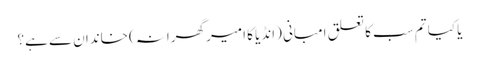
یا کیا تم سب کا تعلق امبانی (انڈیا کا امیر گھرانہ) خاندان سے ہے؟